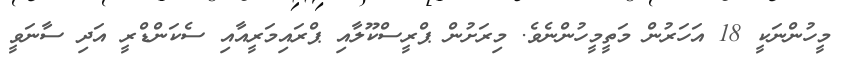
މީހުންނަކީ 18 އަހަރުން މަތީމީހުންނެވެ. މިރަށުން ޕްރީސްކޫލާއި ޕްރައިމަރީއާއި ސެކަންޑްރީ އަދި ސާނަވީ